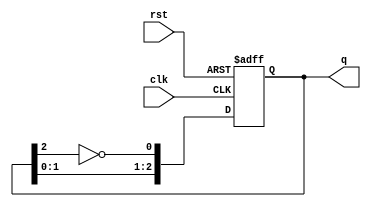
module johnson_counter #(parameter N = 3) (
    input wire clk,         // Clock signal
    input wire rst,         // Asynchronous reset
    output reg [N-1:0] q    // Counter output
);

// Internal signal for storing the last flip-flop output
wire feedback;

always @(posedge clk or posedge rst) begin
    if (rst) begin
        q <= {N{1'b0}}; // Reset all flip-flops to 0
    end else begin
        // Shift the current state and feedback from the last flip-flop
        q <= {q[N-2:0], feedback};
    end
end

// Feedback is the inverted output of the last flip-flop
assign feedback = ~q[N-1];

endmodule